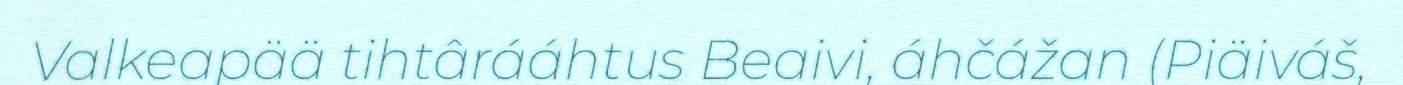
Valkeapää tihtârááhtus Beaivi, áhčážan (Piäiváš,